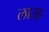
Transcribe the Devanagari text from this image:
लाउह